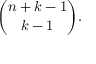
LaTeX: { \binom { n + k - 1 } { k - 1 } } .